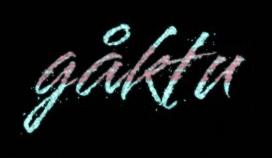
gåktu